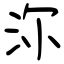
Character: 沵